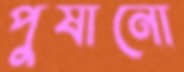
পুষানো